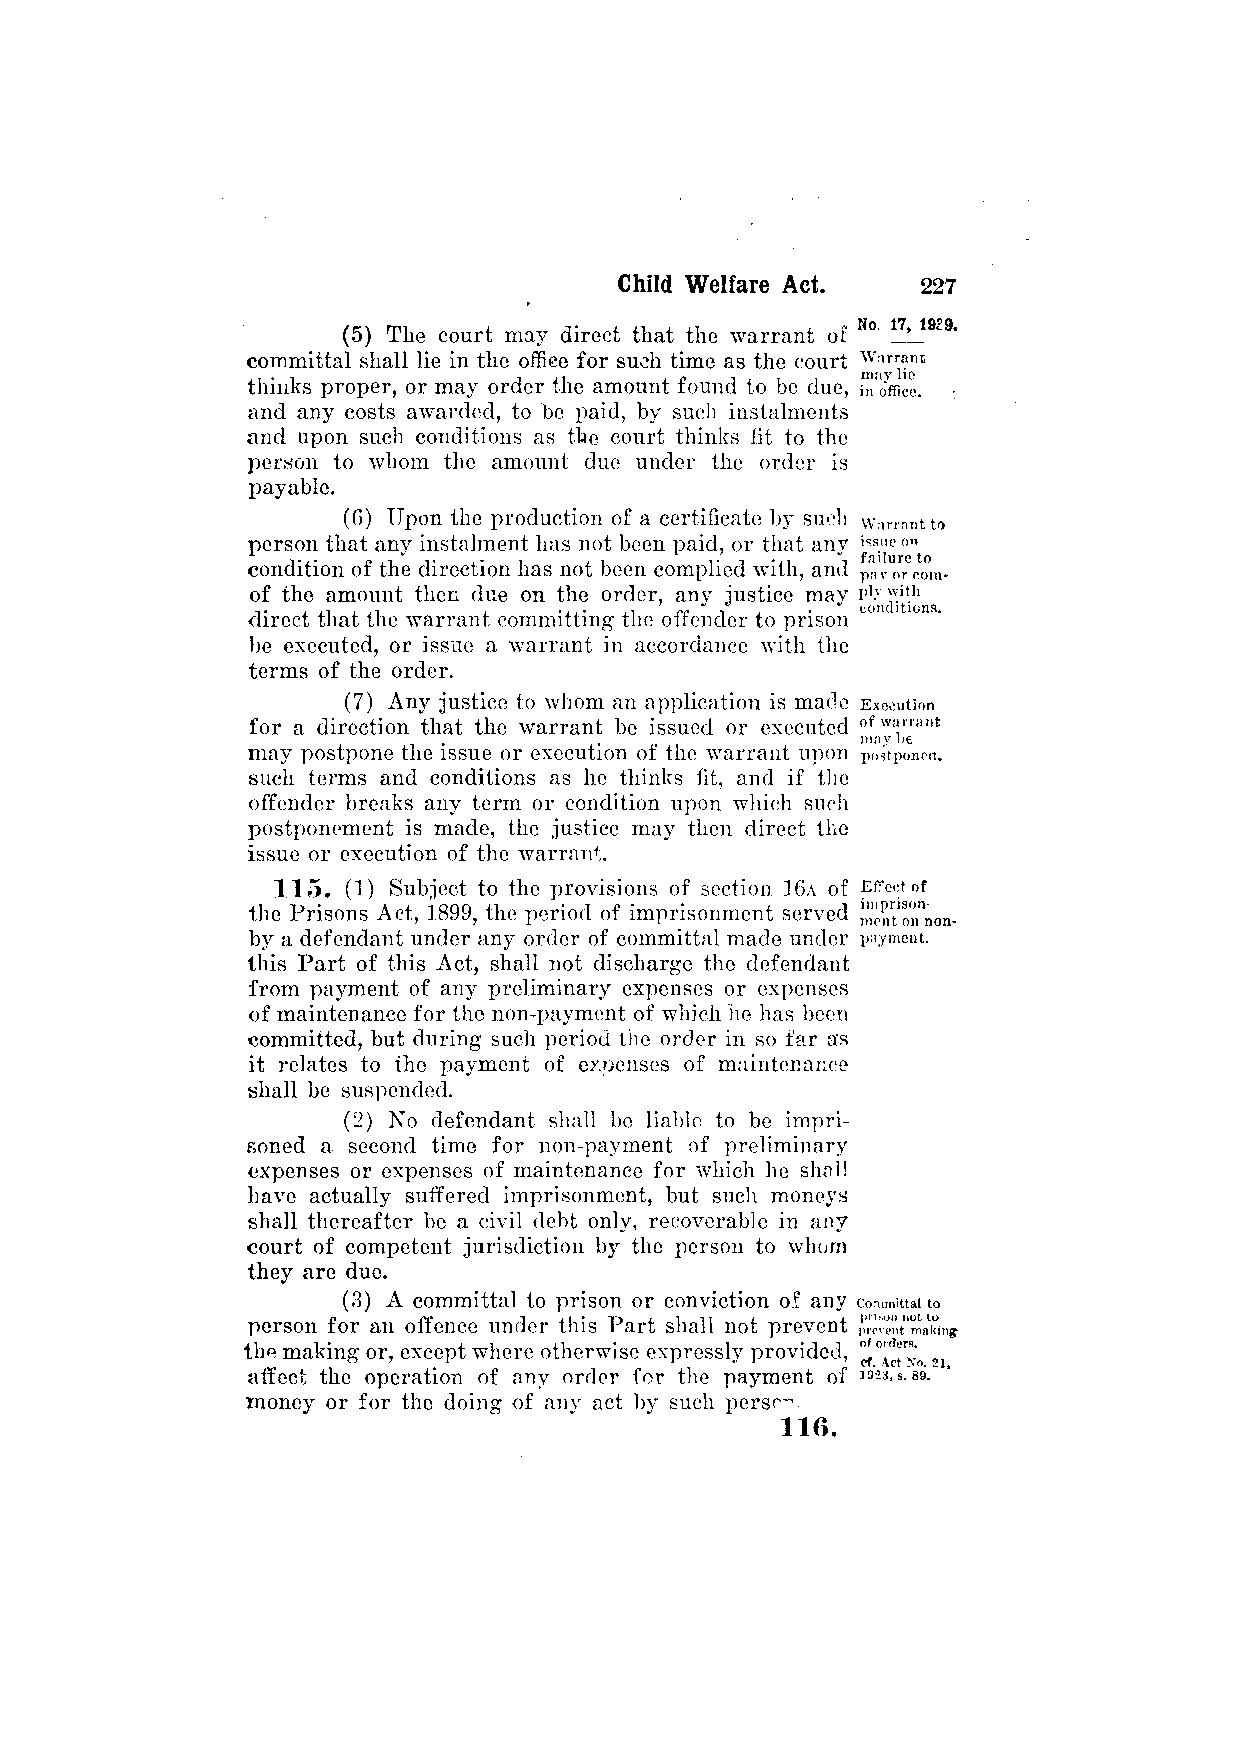
(5) The court may direct that the warrant of
 committal shall lie in the office for such time as the court
 thinks proper, or may order the amount found to be due,
 and any costs awarded, to be paid, by such instalments
 and upon such conditions as the court thinks fit to the
 person to whom the amount due under the order is
 payable.
 (G) Upon the production of a certificate by such
 person that any instalment has not been paid, or that any
 condition of the direction has not been complied with, and
 of the amount then due on the order, any justice may
 direct that the warrant committing the offender to prison
 be executed, or issue a warrant in accordance with the
 terms of the order.
 (7) Any justice to whom an application is made
 for a direction that the warrant be issued or executed
 may postpone the issue or execution of the warrant upon
 such terms and conditions as he thinks fit, and if the
 offender breaks any term or condition upon which such
 postponement is made, the justice may then direct the
 issue or execution of the warrant.
 115. (1) Subject to the provisions of section 16A of
 the Prisons Act, 1899, the period of imprisonment served
 by a defendant under any order of committal made under
 this Part of this Act, shall not discharge the defendant
 from payment of any preliminary expenses or expenses
 of maintenance for the non-payment of which he has been
 committed, but during such period the order in so far as
 it relates to the payment of expenses of maintenance
 shall be suspended.
 (2) No defendant shall be liable to be impri­
 soned a second time for non-payment of preliminary
 expenses or expenses of maintenance for which he shall
 have actually suffered imprisonment, but such moneys
 shall thereafter be a civil debt only, recoverable in any
 court of competent jurisdiction by the person to whom
 they are due.
 (3) A committal to prison or conviction of any
 person for an offence under this Part shall not prevent
 the making or, except where otherwise expressly provided,
 affect the operation of any order for the payment of
 money or for the doing of any act by such persce
 116.